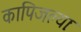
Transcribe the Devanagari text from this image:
कापिजल्याः